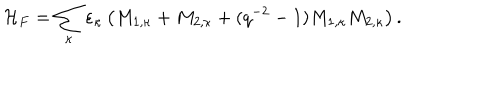
LaTeX: { \cal H } _ { F } = \sum _ { \kappa } \varepsilon _ { \kappa } \left( M _ { 1 , \kappa } + M _ { 2 , \kappa } + ( q ^ { - 2 } - 1 ) M _ { 1 , \kappa } M _ { 2 , \kappa } \right) .